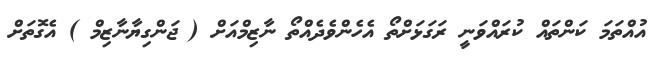
އުއްތަމަ ކަންތައް ކުރައްވަނީ ރަގަޅަށްތޯ އެހެންވެދެއްތޯ ނާޒިމްއަށް ( ޖަންގިޔާނާޒިމް ) އެގޮތަށް